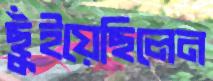
ছুঁইয়েছিলেন